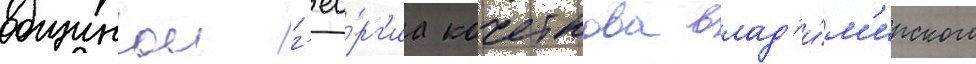
общинои г'ео́рг'иа кочеткова влад'и́м'ирского